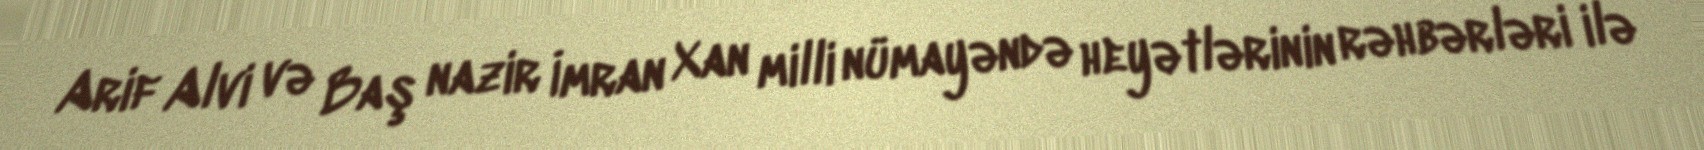
Arif Alvi və Baş nazir İmran Xan milli nümayəndə heyətlərinin rəhbərləri ilə